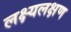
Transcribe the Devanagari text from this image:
लक्ष्यलक्षण